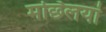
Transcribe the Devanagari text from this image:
मछ्लियां